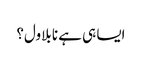
ایسا ہی ہے نا بلاول؟